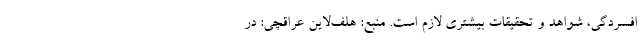
افسردگی، شواهد و تحقیقات بیشتری لازم است. منبع: هلف‌لاین عراقچی: در